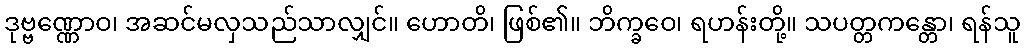
ဒုဗ္ဗဏ္ဏောဝ၊ အဆင်မလှသည်သာလျှင်။ ဟောတိ၊ ဖြစ်၏။ ဘိက္ခဝေ၊ ရဟန်းတို့။ သပတ္တကန္တော၊ ရန်သူ